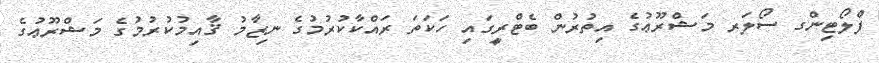
ފްލޯޓިންގ ސޯލަރ މަޝްރޫޢުގެ އިތުރުން ބެޓްރީގައި ހަކަތަ ރައްކާކުރުމުގެ ނިޒާމު ޤާއިމުކުރުމުގެ މަޝްރޫޢުގެ